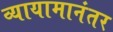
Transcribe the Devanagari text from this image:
व्यायामानंतर